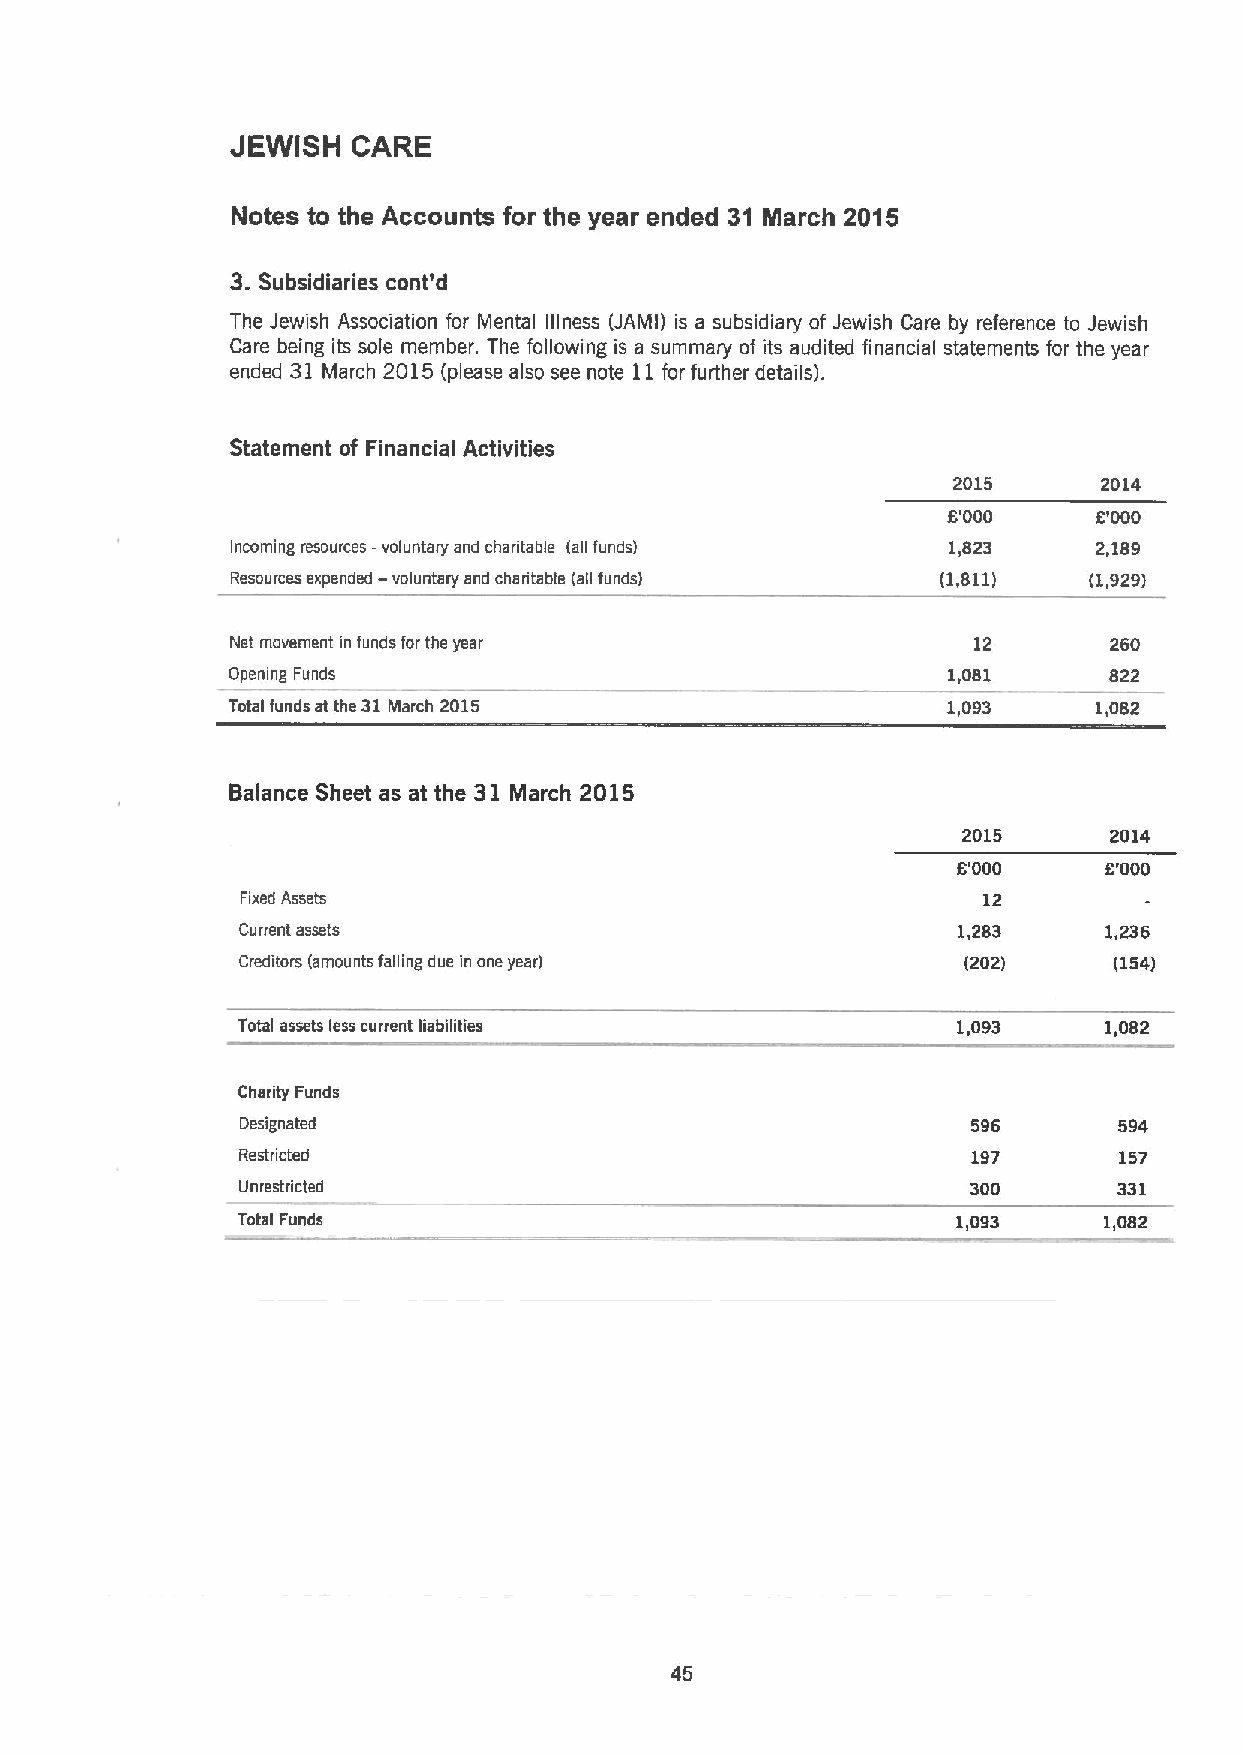
JEWISH  CARE
 Notes to the Accounts for the year ended 31 March 2015
 3.
 Subsidiaries cont'd
 The Jewish Association for Mental illness (JAMI) is a subsidiary of Jewish Care by reference to Jewish
 Care being its sole member. The following is a summary of its audited financial statements for the year
 ended 31 March 2015(please also see note 11for further details).
 Statement of Financial Activities
 2015      2014
 6'000     6'000
 Incoming resources -voluntary and charitable (all funds) 1,823 2,189
 Resources expended —voluntary and charitable (all funds) (1,811) (1,929)
 Net movement in funds for the year                12      260
 Opemng Funds                                    1,081     822
 Total funds at the 31March 2015                 1,093     1,082
 Balance Sheet as at the 31 March 2015
 2015     2014
 6'000     6'000
 Fixed Assets                                     12
 Current assets                                 1,283     1,236
 Creditors (amounts falling due in one year)     (202)     (154)
 Total assets less current liabilities          1,093     1,082
 Charity Funds
 Designated                                      596       594
 Restricted                                      197       157
 Unrestricted                                    300       331
 Total Funds                                    1,093     1,082
 45